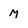
Character: M